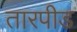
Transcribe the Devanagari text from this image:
तारपीड